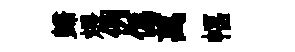
歸煨例偽萬幅